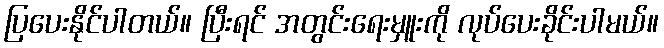
ပြပေးနိုင်ပါတယ်။ ပြီးရင် အတွင်းရေးမှူးကို လုပ်ပေးခိုင်းပါမယ်။